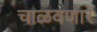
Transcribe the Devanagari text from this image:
चाळवणारे